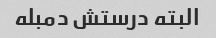
البته درستش دمبله